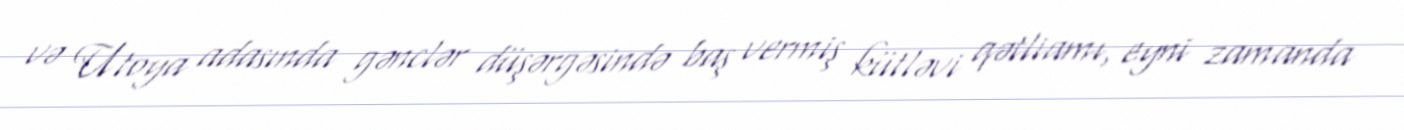
və Utoya adasında gənclər düşərgəsində baş vermiş kütləvi qətliamı, eyni zamanda